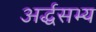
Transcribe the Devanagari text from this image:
अर्द्धसभ्य